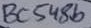
Text: BC548b